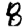
Digit: 8